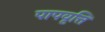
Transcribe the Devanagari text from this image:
पापवृत्ति